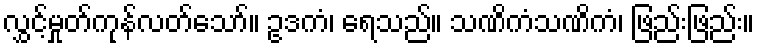
လွှင့်မှုတ်ကုန်လတ်သော်။ ဥဒကံ၊ ရေသည်။ သဏိကံသဏိကံ၊ ဖြည်းဖြည်း။